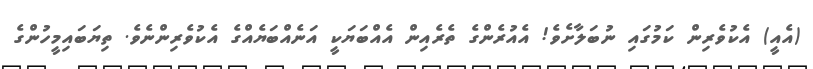
(އެއީ) އެކުވެރިން ކަމުގައި ނުބަލާށެވެ! އެއުރެންގެ ތެރެއިން އެއްބަޔަކީ އަނެއްބަޔެއްގެ އެކުވެރިންނެވެ. ތިޔަބައިމީހުންގެ